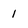
Character: 1